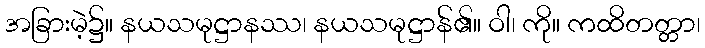
အခြားမဲ့၌။ နယသမုဋ္ဌာနဿ၊ နယသမုဋ္ဌာန်၏။ ဝါ၊ ကို။ ကထိတတ္တာ၊